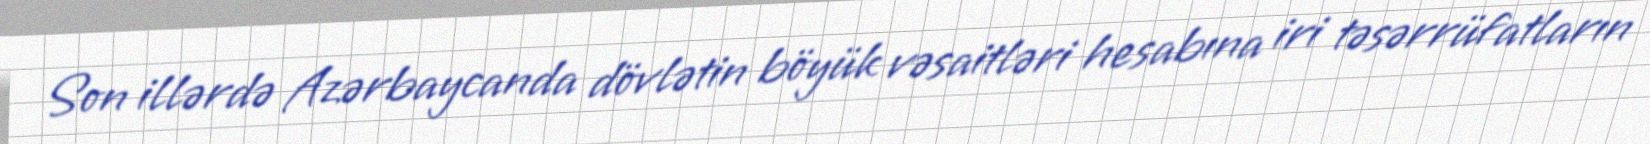
Son illərdə Azərbaycanda dövlətin böyük vəsaitləri hesabına iri təsərrüfatların